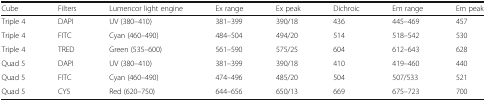
<table><thead><tr><td><b>Cube</b></td><td><b>Filters</b></td><td><b>Lumencor light engine</b></td><td><b>Ex range</b></td><td><b>Ex peak</b></td><td><b>Dichroic</b></td><td><b>Em range</b></td><td><b>Em peak</b></td></tr></thead><tbody><tr><td>Triple 4</td><td>DAPI</td><td>UV (380–410)</td><td>381–399</td><td>390/18</td><td>436</td><td>445–469</td><td>457</td></tr><tr><td>Triple 4</td><td>FITC</td><td>Cyan (460–490)</td><td>484–504</td><td>494/20</td><td>514</td><td>518–542</td><td>530</td></tr><tr><td>Triple 4</td><td>TRED</td><td>Green (535–600)</td><td>561–590</td><td>575/25</td><td>604</td><td>612–643</td><td>628</td></tr><tr><td>Quad 5</td><td>DAPI</td><td>UV (380–410)</td><td>381–399</td><td>390/18</td><td>410</td><td>419–460</td><td>440</td></tr><tr><td>Quad 5</td><td>FITC</td><td>Cyan (460–490)</td><td>474–496</td><td>485/20</td><td>504</td><td>507/533</td><td>521</td></tr><tr><td>Quad 5</td><td>CY5</td><td>Red (620–750)</td><td>644–656</td><td>650/13</td><td>669</td><td>675–723</td><td>700</td></tr></tbody></table>